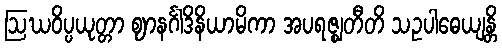
ဩဃဝိပ္ပယုတ္တာ ဈာနင်္ဂါဒိနိယာမိကာ အပရဇ္ဈတီတိ သဥပါဓေယျန္တိ